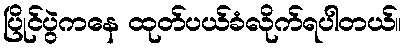
ပြိုင်ပွဲကနေ ထုတ်ပယ်ခံလိုက်ရပါတယ်။